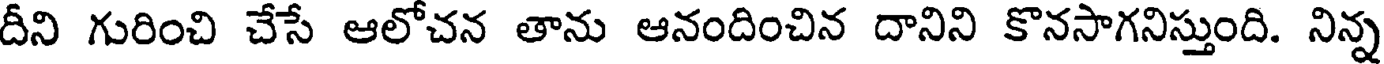
దీని గురించి చేసే ఆలోచన తాను ఆనందించిన దానిని కొనసాగనిస్తుంది. నిన్న